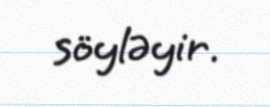
söyləyir.